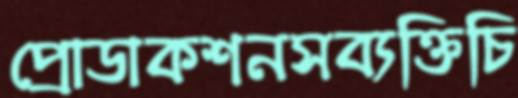
প্রোডাকশনসব্যক্তিচি